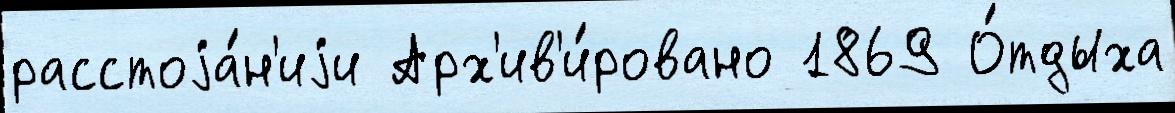
расстоjа́н'иjи Арх'ив'и́ровано 1869 О́тдыха